NAE_ERA_R-2632_ENSV_TA_Emakeele_Selts_1945-1955, lk 185
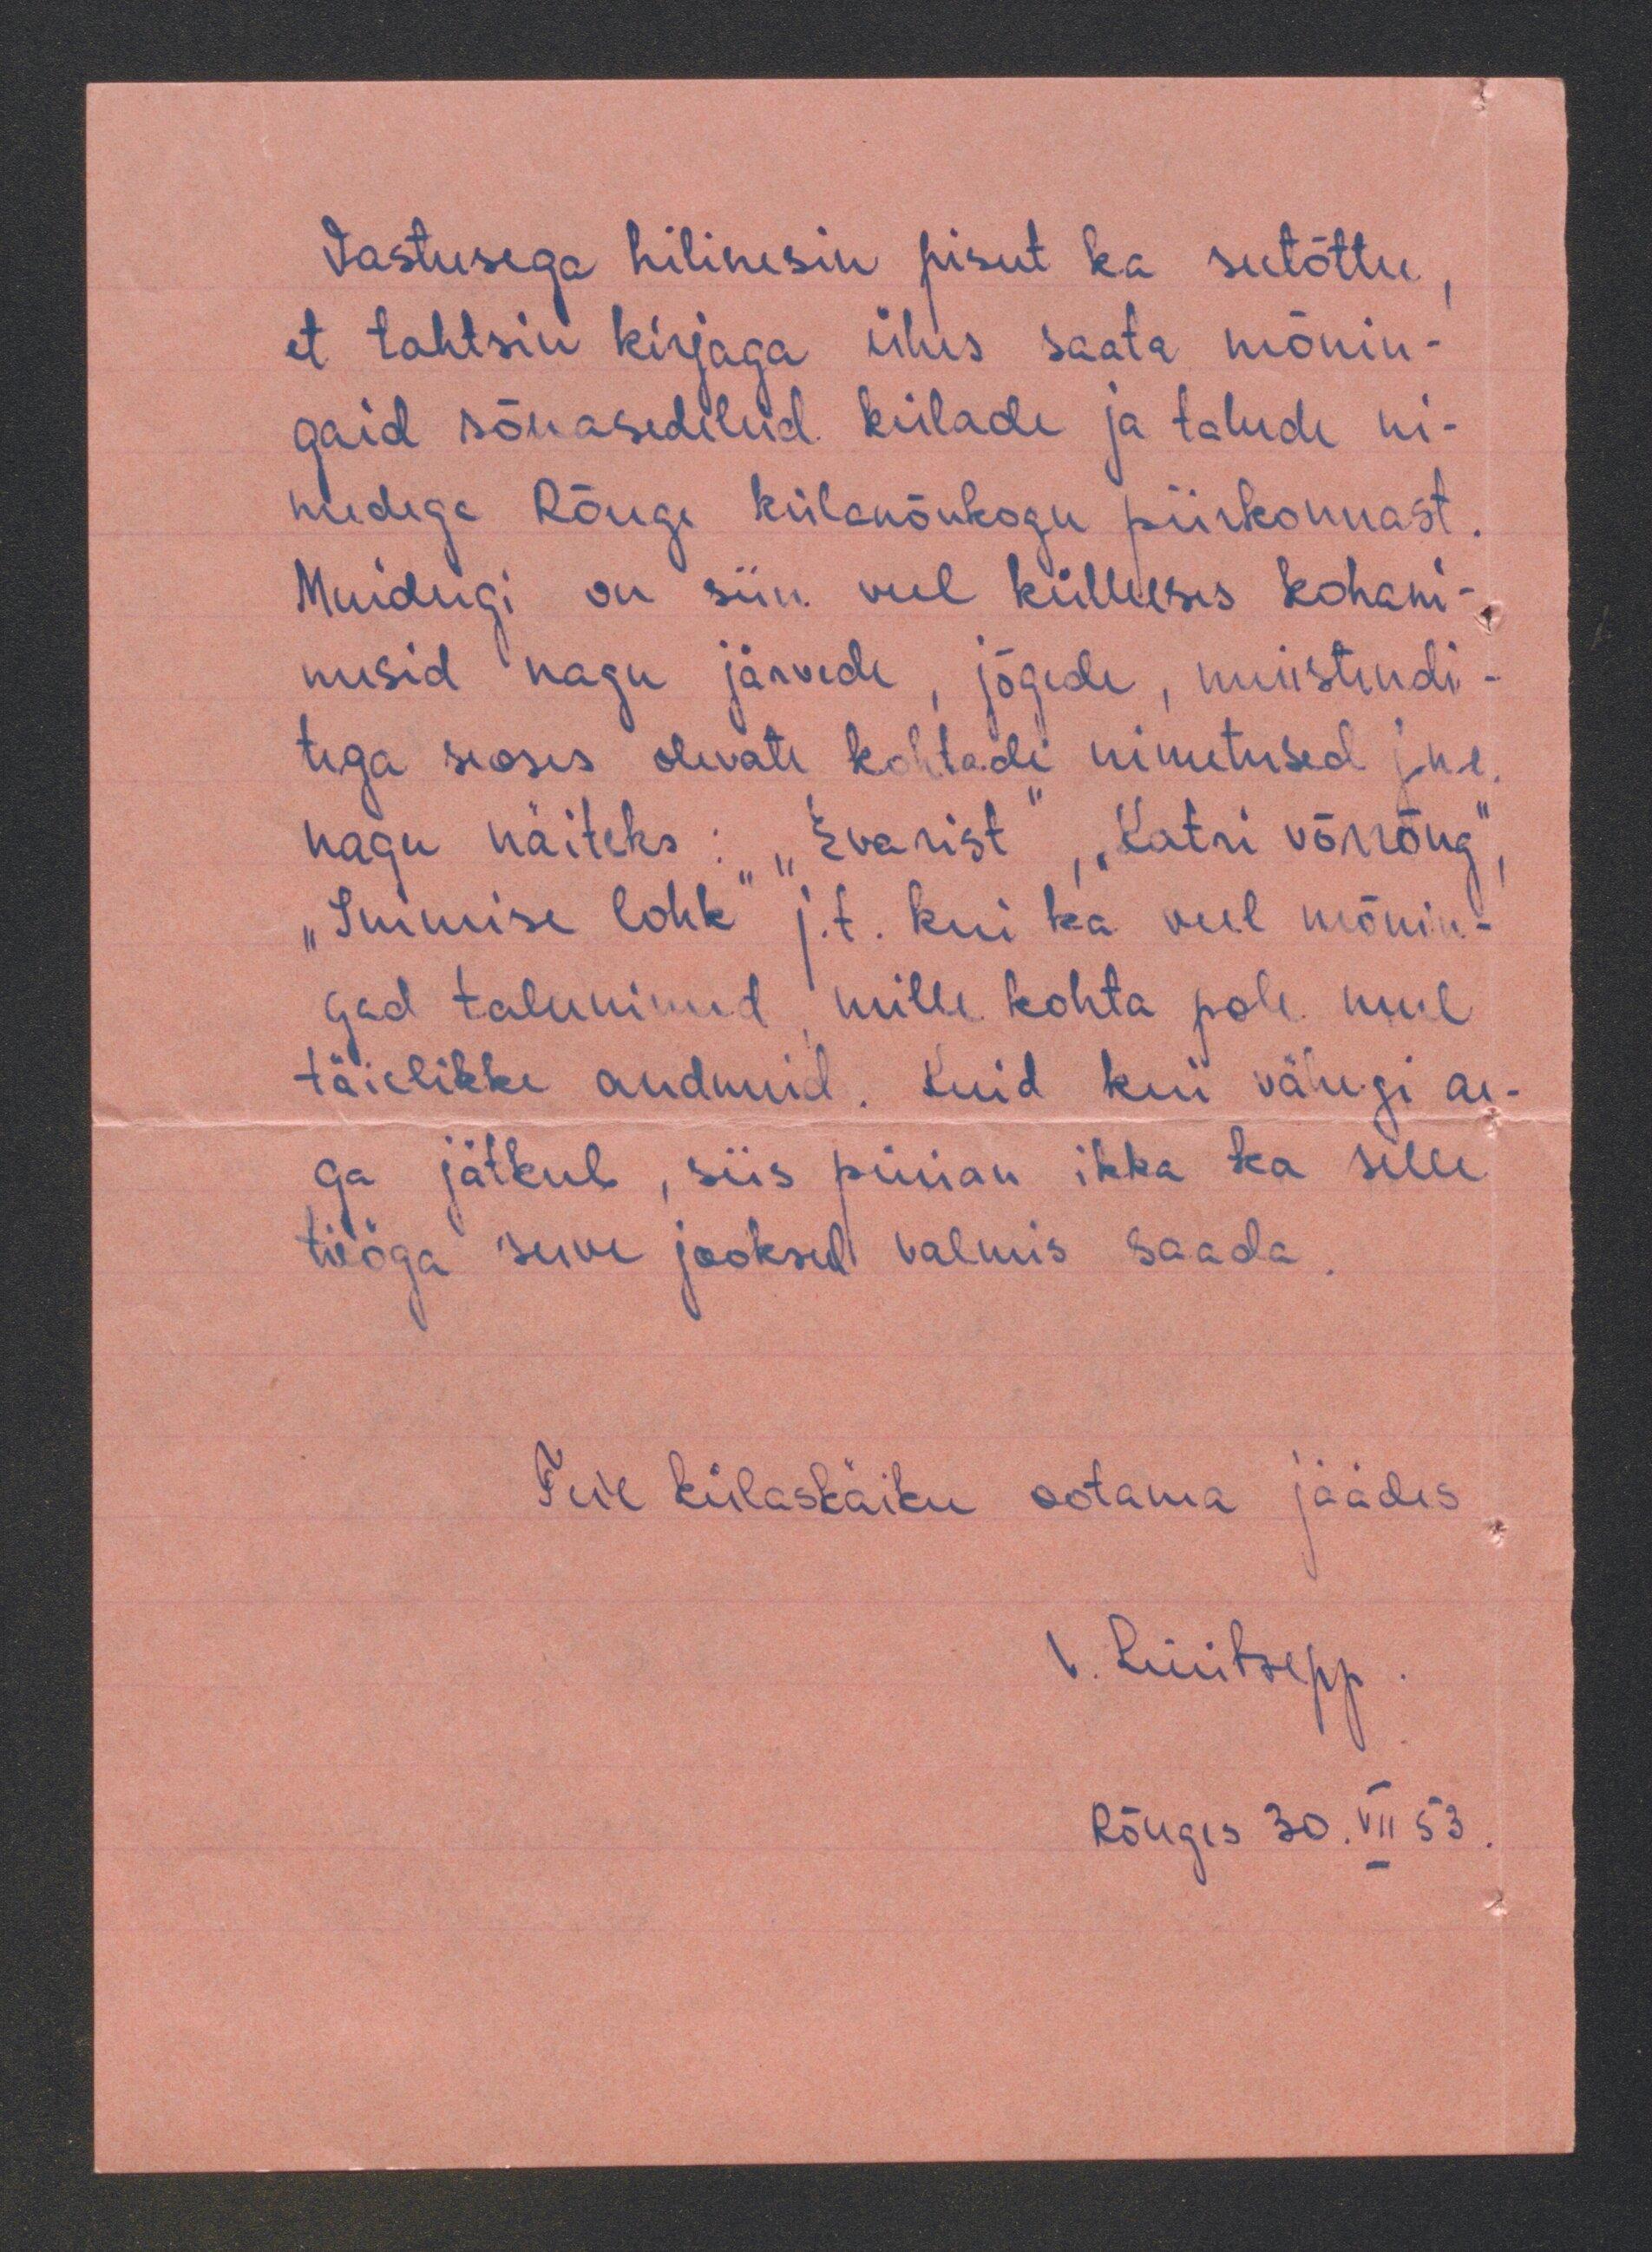
Vastusega hilinesin pisut ka seetõttu
et tahtsin kirjaga ühes saata mõnin-
gaid sõnasedeleid külade ja taude ni-
medega Rõuge külanõukogu piirkonnast
Muidugi on siin veel küllluses kohani-
mesid nagu järvede, jõgede, muistendi
tega seoses olevate kohtade nimetused jne.
nagu näiteks: "Evarist, "Katri võrrõng",
"Inimise lohk" j.t. Kui ka veel mõnin-
gad talunimed mille kohta pole mul
täielikke andmeid. Kuid kui vähegi ae-
ga jätkub, siis püüan ikka ka selle
tööga suve jooksul valmis saada.
Teie külaskäiku ootama jäädes tüilasläiku ootama padis
Rõuges 30. VII. 53